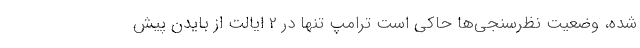
شده، وضعیت نظرسنجی‌ها حاکی است ترامپ تنها در 2 ایالت از بایدن پیش